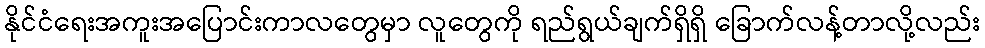
နိုင်ငံရေးအကူးအပြောင်းကာလတွေမှာ လူတွေကို ရည်ရွယ်ချက်ရှိရှိ ခြောက်လန့်တာလို့လည်း